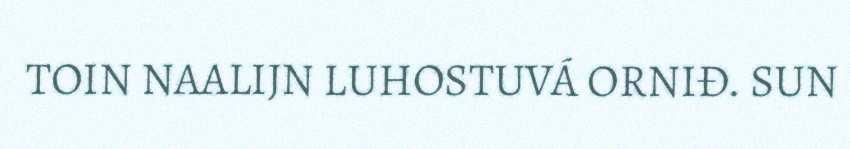
TOIN NAALIJN LUHOSTUVÁ ORNIĐ. SUN